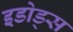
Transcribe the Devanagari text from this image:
इडोड्स